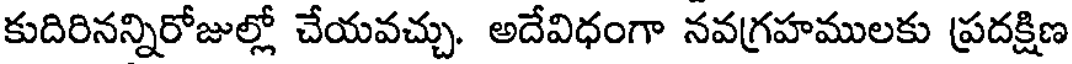
కుదిరినన్నిరోజుల్లో చేయవచ్చు. అదేవిధంగా నవగ్రహములకు ప్రదక్షిణ